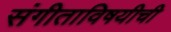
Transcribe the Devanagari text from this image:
संगीताविषयीची